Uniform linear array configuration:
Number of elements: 8
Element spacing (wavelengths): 1
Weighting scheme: blackman
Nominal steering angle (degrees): -30
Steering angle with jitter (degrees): -28.592
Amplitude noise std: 0.05
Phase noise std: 0.05

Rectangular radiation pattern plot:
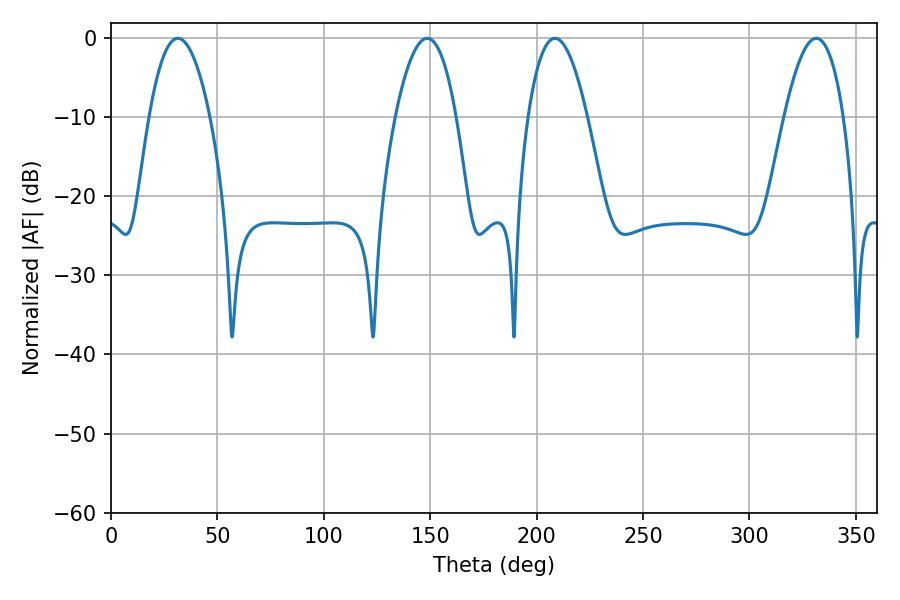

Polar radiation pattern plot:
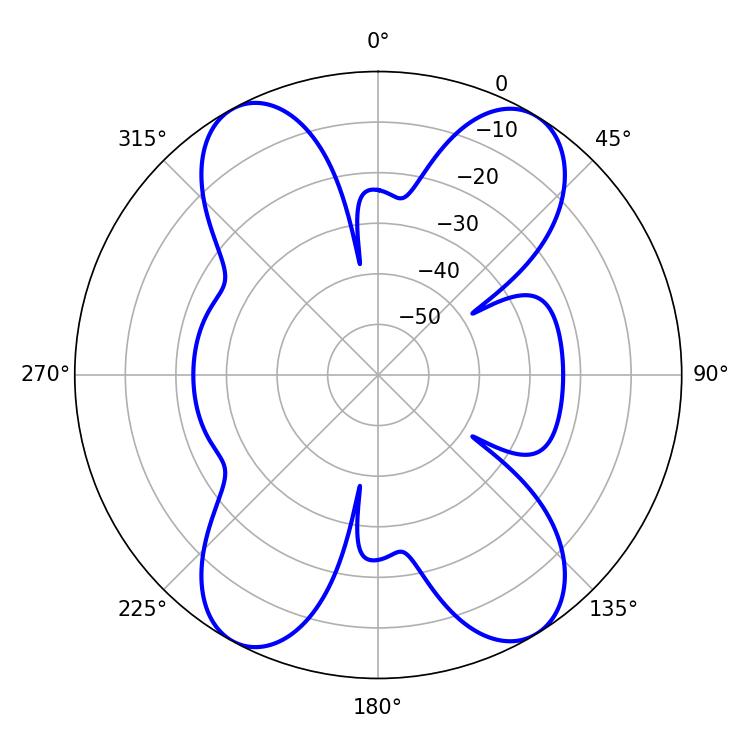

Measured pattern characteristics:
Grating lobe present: TRUE
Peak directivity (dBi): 18.658
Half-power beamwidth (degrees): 15.48
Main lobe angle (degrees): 208.62